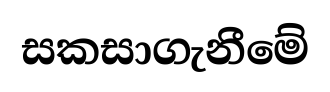
සකසාගැනීමේ